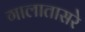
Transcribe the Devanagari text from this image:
गालातासरे